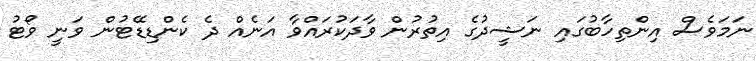
ނަމަވެސް އިންތިހާބުގައި ނަޝީދުގެ އިތުރުން ވާދަކުރައްވާ އަނެއް ދެ ކެންޑިޑޭޓުން ވަނީ ވޯޓު